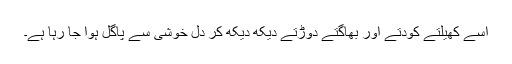
اسے کھیلتے کودتے اور بھاگتے دوڑتے دیکھ دیکھ کر دِل خوشی سے پاگل ہوا جا رہا ہے۔